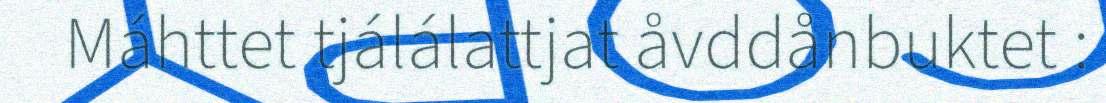
Máhttet tjálálattjat åvddånbuktet :